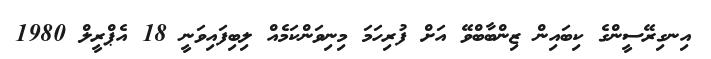
އިނގިރޭސީންގެ ކިބައިން ޒިންބާބްވޭ އަށް ފުރިހަމަ މިނިވަންކަމެއް ލިބިފައިވަނީ 18 އެޕްރީލް 1980